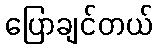
ပြောချင်တယ်